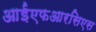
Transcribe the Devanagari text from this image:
आईएफआरसिएस